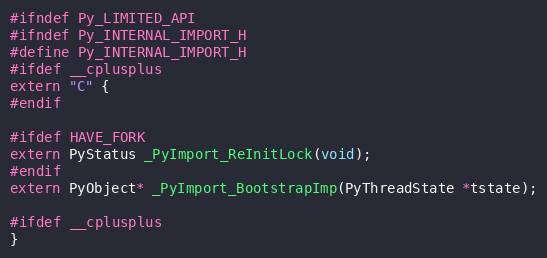
Language: C
#ifndef Py_LIMITED_API
#ifndef Py_INTERNAL_IMPORT_H
#define Py_INTERNAL_IMPORT_H
#ifdef __cplusplus
extern "C" {
#endif

#ifdef HAVE_FORK
extern PyStatus _PyImport_ReInitLock(void);
#endif
extern PyObject* _PyImport_BootstrapImp(PyThreadState *tstate);

#ifdef __cplusplus
}